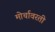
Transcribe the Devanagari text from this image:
मोर्चावरती